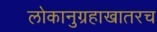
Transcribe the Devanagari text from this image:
लोकानुग्रहाखातरच